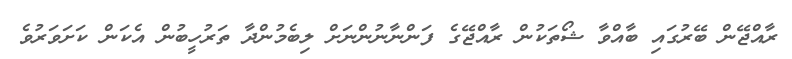
ރާއްޖޭން ބޭރުގައި ބާއްވާ ޝޯތަކުން ރާއްޖޭގެ ފަންނާނުންނަށް ލިބެމުންދާ ތަރުހީބުން އެކަން ކަށަވަރުވެ